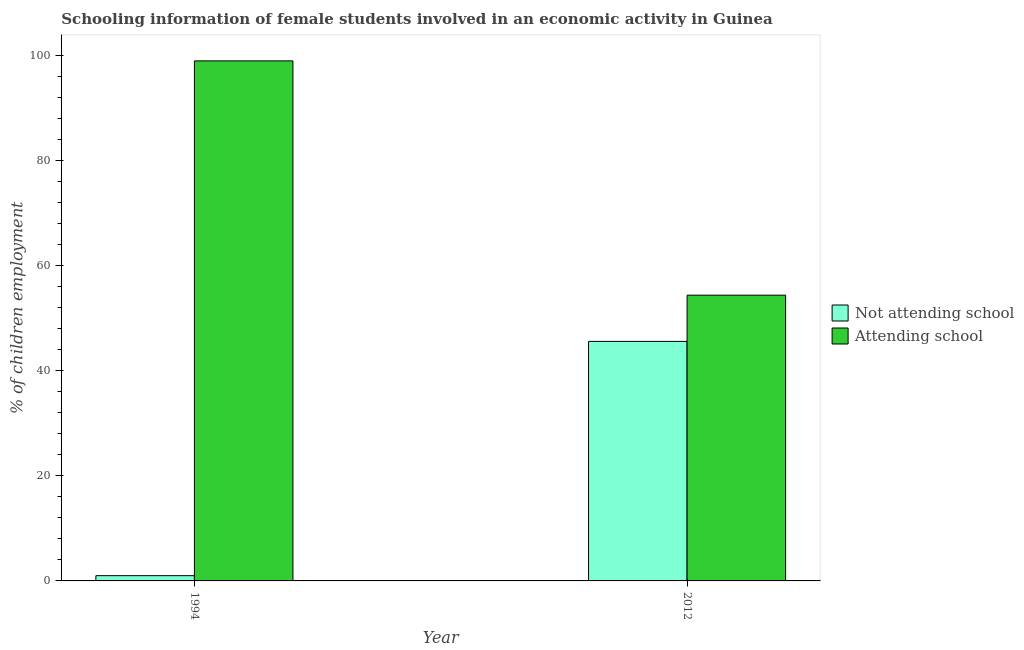
| Year | Not attending school | Attending school |
 | --- | --- | --- |
 | 1994 | 1 | 99 |
 | 2012 | 45.6 | 54.4 |